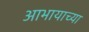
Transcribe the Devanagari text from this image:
आभायाच्या